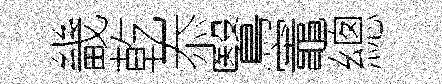
畿乾忝鷖竈總